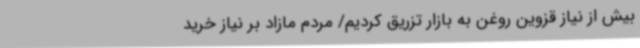
بیش از نیاز قزوین روغن به بازار تزریق کردیم/ مردم مازاد بر نیاز خرید